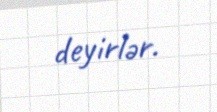
deyirlər.